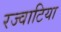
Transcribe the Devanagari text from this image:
रज्वाटिया